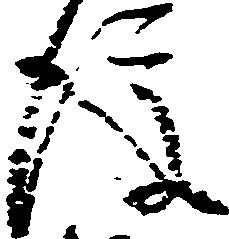
後